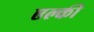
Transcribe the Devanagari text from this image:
एल्की